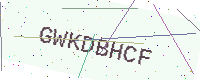
Text: GWKDBHCF